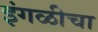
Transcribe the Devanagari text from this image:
इंगळीचा